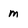
Character: m